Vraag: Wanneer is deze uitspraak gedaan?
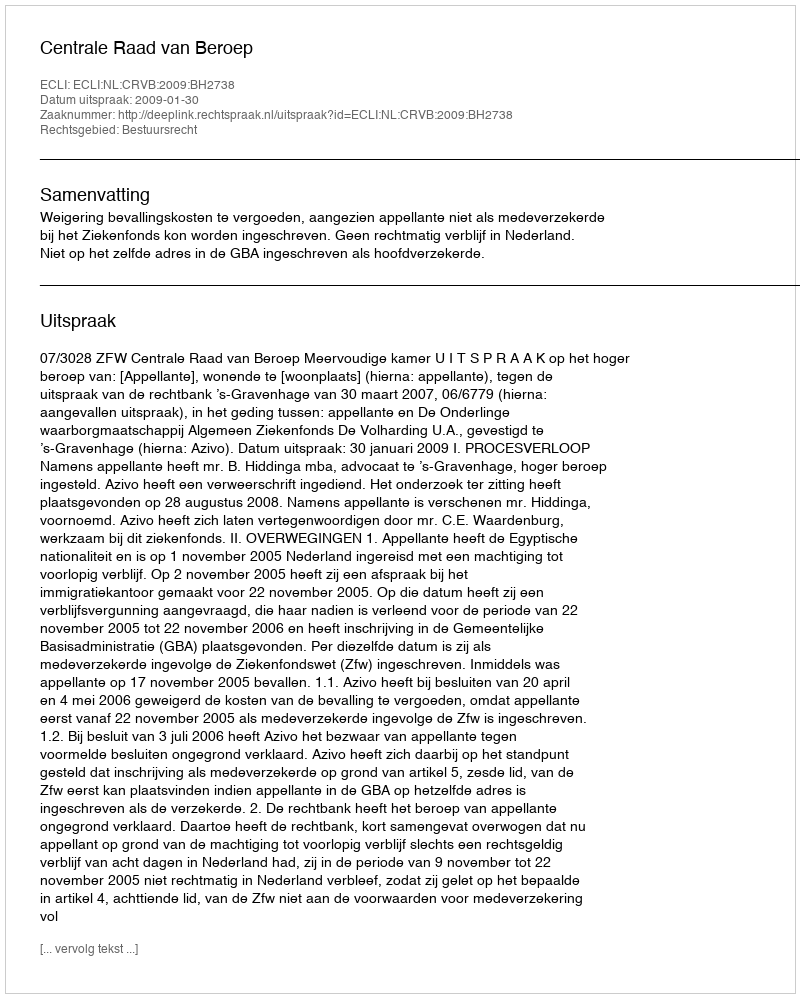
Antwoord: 2009-01-30